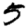
Digit: 5